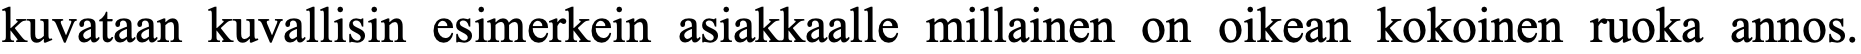
kuvataan kuvallisin esimerkein asiakkaalle millainen on oikean kokoinen ruoka annos.